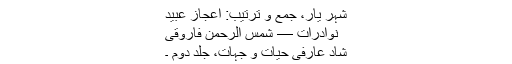
شہر یار، جمع و ترتیب: اعجاز عبید
نوادرات — شمس الرحمٰن فاروقی
شاد عارفی حیات و جہات، جلد دوم ۔